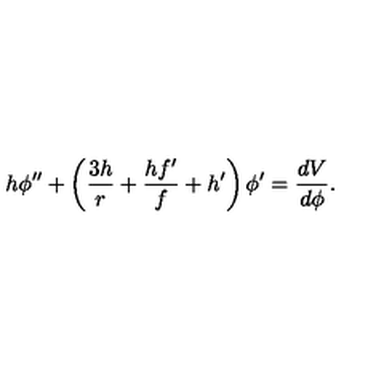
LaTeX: h \phi ^ { \prime \prime } + \left( \frac { 3 h } { r } + \frac { h f ^ { \prime } } { f } + h ^ { \prime } \right) \phi ^ { \prime } = \frac { d V } { d \phi } .